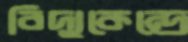
বিদ্যুকেন্দ্রে